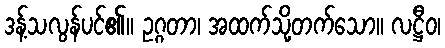
ဒန့်သလွန်ပင်၏။ ဥဂ္ဂတာ၊ အထက်သို့တက်သော။ လဋ္ဌီဝ၊